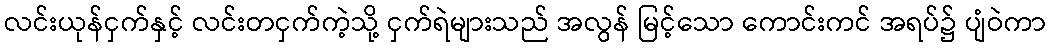
လင်းယုန်ငှက်နှင့် လင်းတငှက်ကဲ့သို့ ငှက်ရဲများသည် အလွန် မြင့်သော ကောင်းကင် အရပ်၌ ပျံဝဲကာ